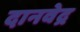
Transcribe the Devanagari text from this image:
दानवेद्र